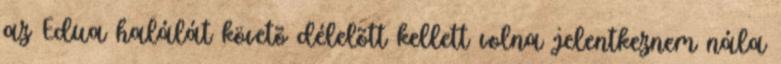
az Edua halálát követõ délelõtt kellett volna jelentkeznem nála